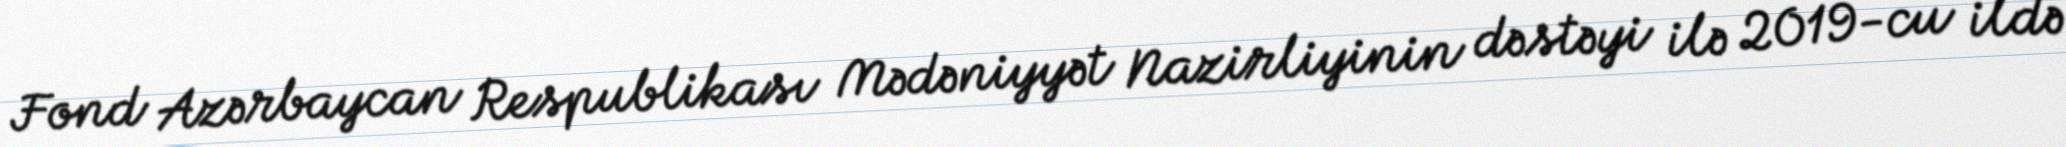
Fond Azərbaycan Respublikası Mədəniyyət Nazirliyinin dəstəyi ilə 2019-cu ildə